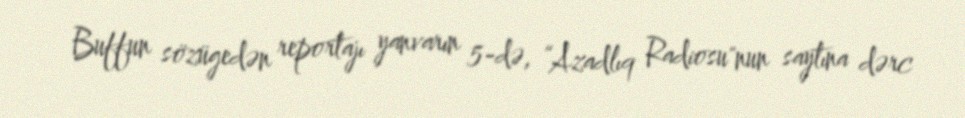
Buffun sözügedən reportajı yanvarın 5-də, “Azadlıq Radiosu"nun saytına dərc